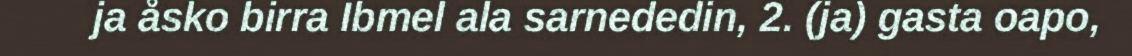
ja åsko birra Ibmel ala sarnededin, 2. (ja) gasta oapo,